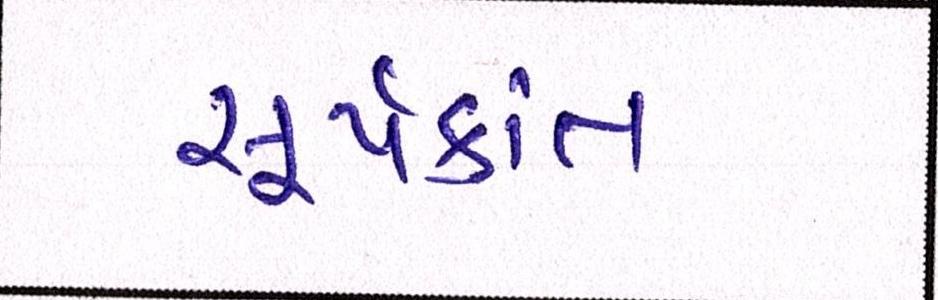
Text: સૂર્યકાંત